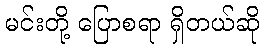
မင်းတို့ ပြောစရာ ရှိတယ်ဆို